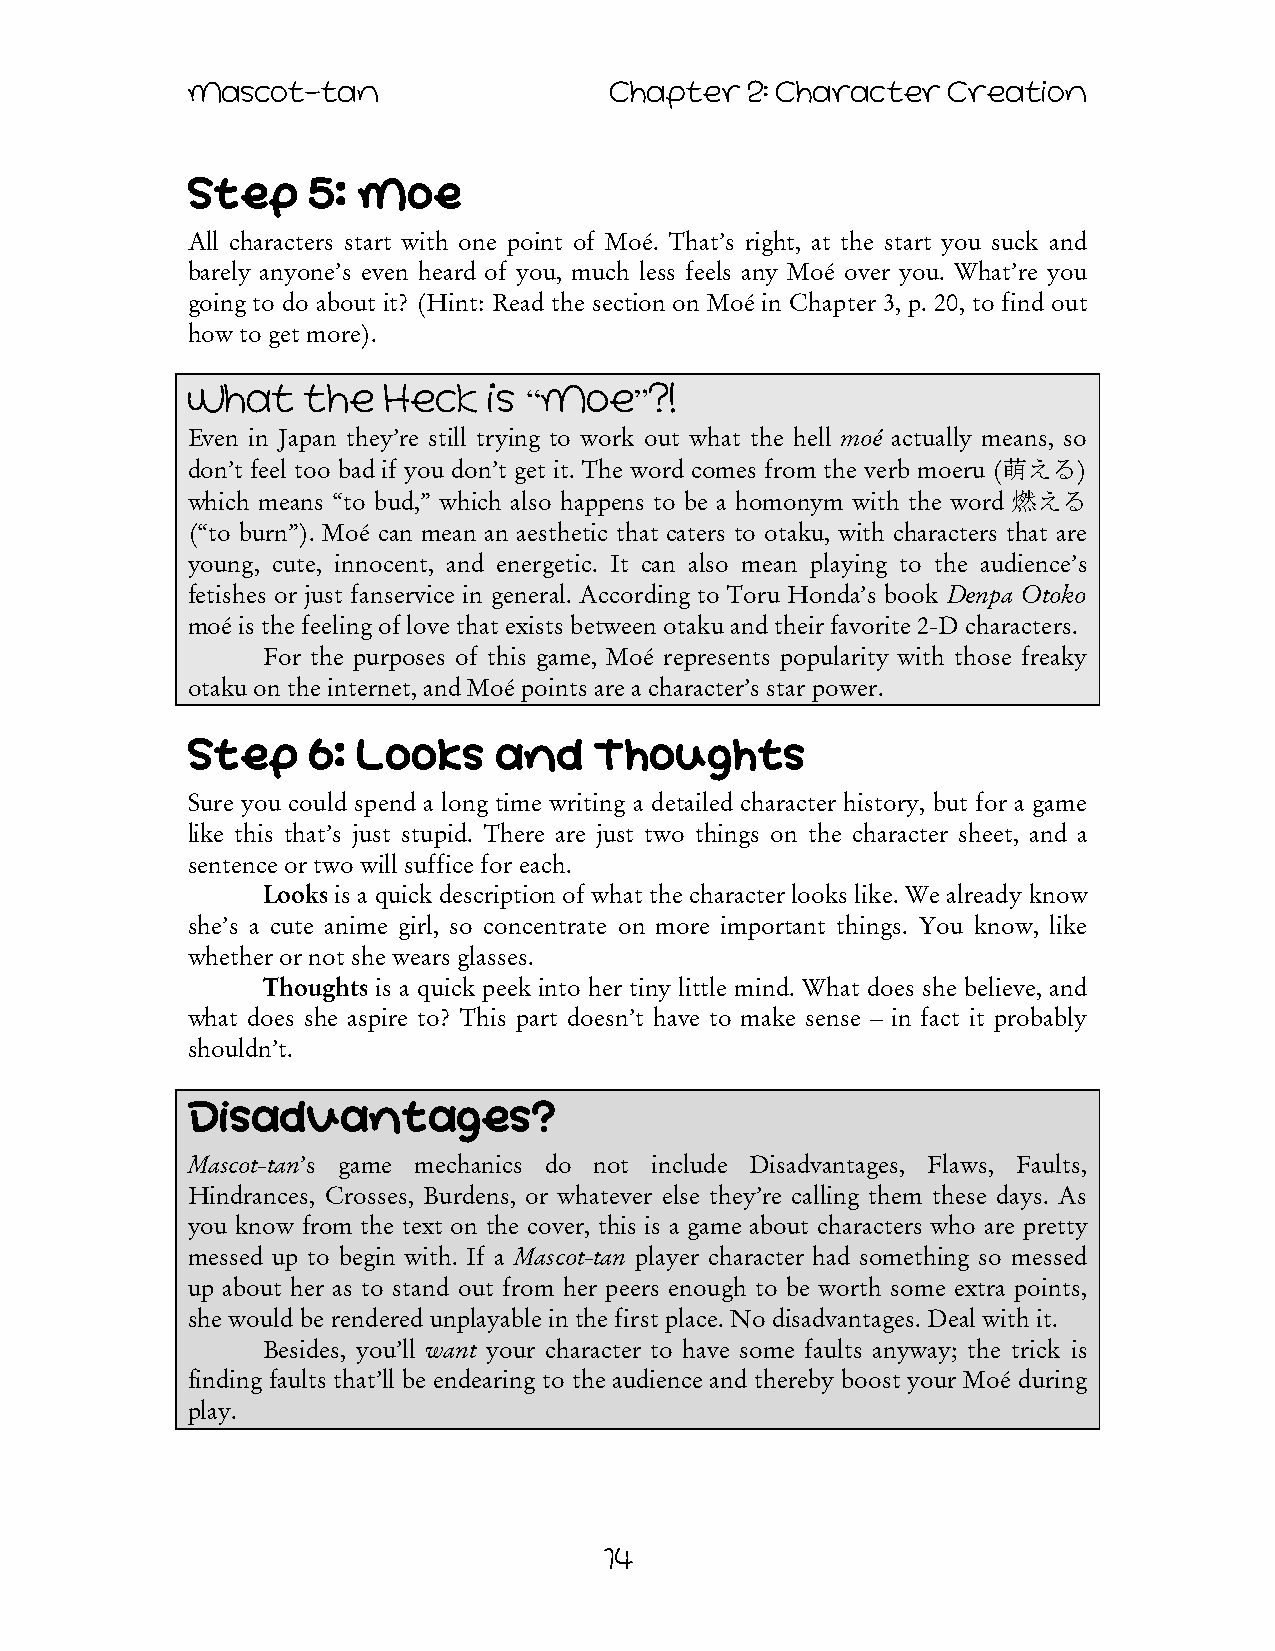
Mascot-tan                  Chapter   2: Character Creation
 Step    5:  Moe
 All characters start with one point of Moé. That’s right, at the start you suck and
 barely anyone’s even heard of you, much less feels any Moé over you. What’re you
 going to do about it? (Hint: Read the section on Moé in Chapter 3, p. 20, to find out
 how to get more).
 What    the  Heck   Is “Moe”?!
 Even in Japan they’re still trying to work out what the hell moé actually means, so
 don’t feel too bad if you don’t get it. The word comes from the verb moeru (萌える)
 which means “to bud,” which also happens to be a homonym with the word 燃える
 (“to burn”). Moé can mean an aesthetic that caters to otaku, with characters that are
 young, cute, innocent, and energetic. It can also mean playing to the audience’s
 fetishes or just fanservice in general. According to Toru Honda’s book Denpa Otoko
 moé is the feeling of love that exists between otaku and their favorite 2-D characters.
 For the purposes of this game, Moé represents popularity with those freaky
 otaku on the internet, and Moé points are a character’s star power.
 Step     6: Looks    and   Thoughts
 Sure you could spend a long time writing a detailed character history, but for a game
 like this that’s just stupid. There are just two things on the character sheet, and a
 sentence or two will suffice for each.
 Looks is a quick description of what the character looks like. We already know
 she’s a cute anime girl, so concentrate on more important things. You know, like
 whether or not she wears glasses.
 Thoughts is a quick peek into her tiny little mind. What does she believe, and
 what does she aspire to? This part doesn’t have to make sense – in fact it probably
 shouldn’t.
 Disadvantages?
 Mascot-tan’s game mechanics do not include Disadvantages, Flaws, Faults,
 Hindrances, Crosses, Burdens, or whatever else they’re calling them these days. As
 you know from the text on the cover, this is a game about characters who are pretty
 messed up to begin with. If a Mascot-tan player character had something so messed
 up about her as to stand out from her peers enough to be worth some extra points,
 she would be rendered unplayable in the first place. No disadvantages. Deal with it.
 Besides, you’ll want your character to have some faults anyway; the trick is
 finding faults that’ll be endearing to the audience and thereby boost your Moé during
 play.
 14